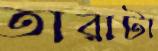
তারাটা